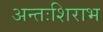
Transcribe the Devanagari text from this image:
अन्तःशिराभ